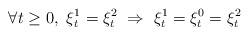
LaTeX: \begin{align*}\forall t\ge 0,\ \xi^1_t=\xi^2_t \ \Rightarrow \ \xi^1_t=\xi^0_t= \xi^2_t\end{align*}